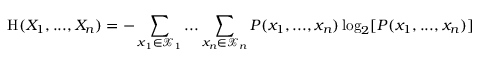
\mathrm { H } ( X _ { 1 } , . . . , X _ { n } ) = - \sum _ { x _ { 1 } \in { \mathcal { X } } _ { 1 } } . . . \sum _ { x _ { n } \in { \mathcal { X } } _ { n } } P ( x _ { 1 } , . . . , x _ { n } ) \log _ { 2 } [ P ( x _ { 1 } , . . . , x _ { n } ) ]